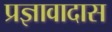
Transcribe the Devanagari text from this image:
प्रज्ञावादास